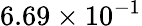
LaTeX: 6.69\times 10^{-1}